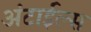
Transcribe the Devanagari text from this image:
अंटाईल्स